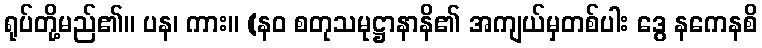
ရုပ်တို့မည်၏။ ပန၊ ကား။ (နဝ စတုသမုဋ္ဌာနာနိ၏ အကျယ်မှတစ်ပါး ဒွေ နကေနစိ